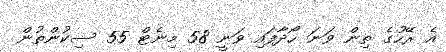
އެ ރޭހުގެ ތިން ވަނަ ހޯދާފައި ވަނީ 58 މިނެޓް 55 ސިކުންތުން